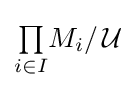
{\textstyle \prod \limits _{i\in I}}M_{i}/\,{\mathcal {U}}